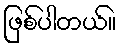
ဖြစ်ပါတယ်။